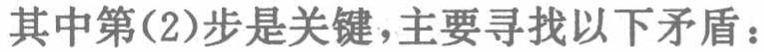
其中第(2)步是关键，主要寻找以下矛盾：